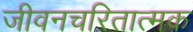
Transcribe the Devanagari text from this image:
जीवनचरितात्मक